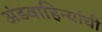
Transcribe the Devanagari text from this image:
अंडवाहिन्यांची